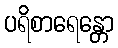
ပရိစာရေန္တော